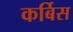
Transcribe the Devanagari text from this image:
कर्बिस